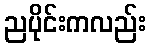
ညပိုင်းကလည်း